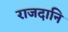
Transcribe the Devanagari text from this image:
राजदानि